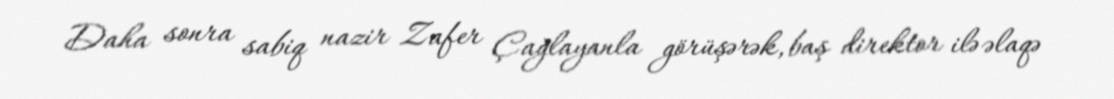
Daha sonra sabiq nazir Zafer Çağlayanla görüşərək, baş direktor ilə əlaqə